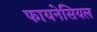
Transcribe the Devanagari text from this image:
फायनेसियल